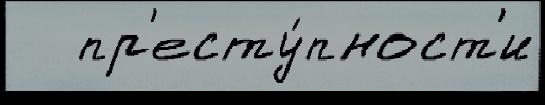
   пр'есту́пност'и